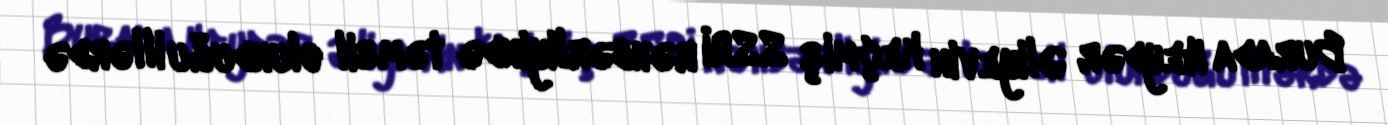
Burada Heydər Əliyevin keçmiş SSRİ rəhbərliyində təmsil olunduğu illərdə